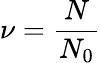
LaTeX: \nu=\frac{N}{N_{0}}